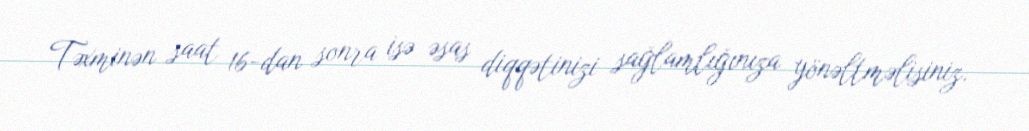
Təxminən saat 16-dan sonra isə əsas diqqətinizi sağlamlığınıza yönəltməlisiniz.